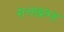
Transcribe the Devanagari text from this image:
सत्ताब्राम्ह